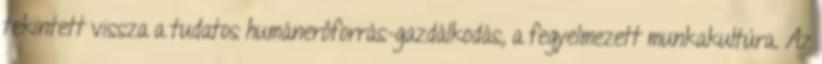
tekintett vissza a tudatos humánerôforrás-gazdálkodás, a fegyelmezett munkakultúra. Az